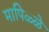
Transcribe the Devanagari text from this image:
मापिळ्ळे